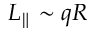
L _ { \parallel } \sim q R